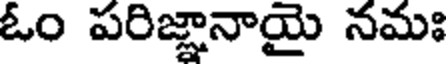
ఓం పరిజ్ఞానాయై నమః